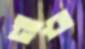
গার